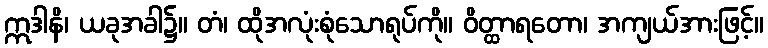
ဣဒါနိ၊ ယခုအခါ၌။ တံ၊ ထိုအလုံးစုံသောရုပ်ကို။ ဝိတ္ထာရတော၊ အကျယ်အားဖြင့်။